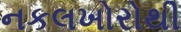
નકલખોરોથી